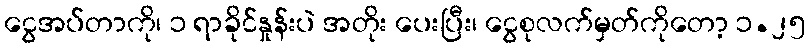
ငွေအပ်တာကို၊ ၁ ရာခိုင်နှုန်းပဲ အတိုး ပေးပြီး၊ ငွေစုလက်မှတ်ကိုတော့ ၁.၂၅